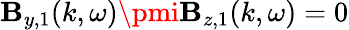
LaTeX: \mathbf{B}_{y,1}(k,\omega)\pmi\mathbf{B}_{z,1}(k,\omega)=0